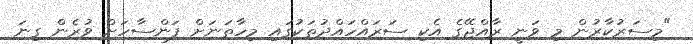
"މިސަރުކާރުން މި ވަނީ ރާއްޖޭގެ އެކި ސަރައްހައްދުތަކުގައި މިހާތަނަށް ފަންސާހަށް ވުރެން ގިނަ